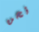
نحن